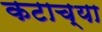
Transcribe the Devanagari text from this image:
कटाच्या